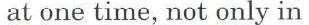
at one time, not only in